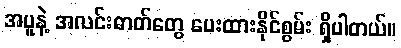
အပူနဲ့ အလင်းဓာတ်တွေ ပေးထားနိုင်စွမ်း ရှိပါတယ်။